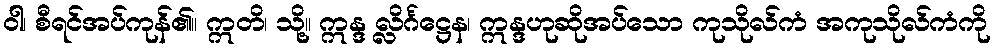
ဝါ၊ စီရင်အပ်ကုန်၏။ ဣတိ၊ သို့။ ဣန္ဒ လ္လိင်္ဂဋ္ဌေန၊ ဣန္ဒဟုဆိုအပ်သော ကုသိုလ်ကံ အကုသိုလ်ကံကို